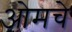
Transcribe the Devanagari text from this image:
ओमचे